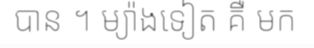
បាន ។ ម្យ៉ាងទៀត គឺ មក